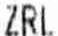
ZRL